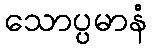
သောပ္ပမာနံ